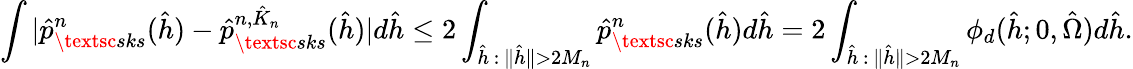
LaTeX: \int|\hat{p}_{\textsc{sks}}^{n}(\hat{h})-\hat{p}_{\textsc{sks}}^{n,\hat{K}_{n}}(\hat{h})|d\hat{h}\leq 2\int_{\hat{h}\, :\, \| \hat{h}\| >2M_{n}}\hat{p}_{\textsc{sks}}^{n}(\hat{h})d\hat{h}=2\int_{\hat{h}\, :\, \| \hat{h}\| >2M_{n}}\phi_{d}(\hat{h};0,\hat{\Omega})d\hat{h}.